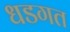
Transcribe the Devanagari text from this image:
धडगत